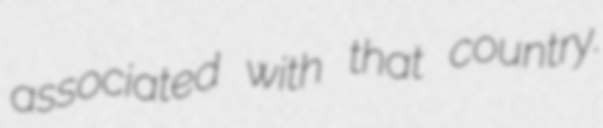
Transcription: associated with that country.